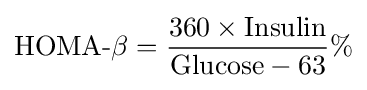
{\text{HOMA-}}\beta ={\frac {360\times {\text{Insulin}}}{{\text{Glucose}}-63}}\%